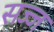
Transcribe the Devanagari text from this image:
सज्‍ज